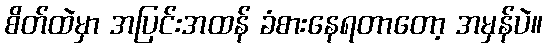
စိတ်ထဲမှာ အပြင်းအထန် ခံစားနေရတာတော့ အမှန်ပဲ။